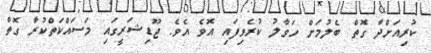
ކުރިއަށްދާ ގޮތް ބެލުމަށް ހަވާލު ކުރެވިފައި އޮވެ އެވެ. ޖޫޑިޝަރީގައި މަސައްކަތްކުރާ ގޮތް